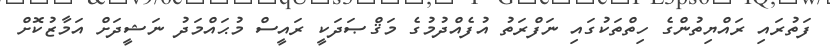
ފަތުރައި ރައްޔިތުންގެ ހިތްތަކުގައި ނަފްރަތު އުފެއްދުމުގެ މަޤްޞަދަކީ ރައީސް މުޙައްމަދު ނަޝީދަށް އަމާޒުކޮށް